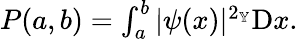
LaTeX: \begin{array}{r}{P(a,b)=\int_{a}^{b}|\psi(x)|^{2_{\mathbb{Y}}}{\textrm D}x.}\end{array}